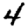
Digit: 4